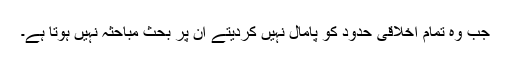
جب وہ تمام اخلاقی حدود کو پامال نہیں کردیتے ان پر بحث مباحثہ نہیں ہوتا ہے۔